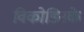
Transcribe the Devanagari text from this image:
विकोडिनके